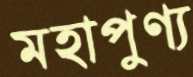
মহাপুণ্য